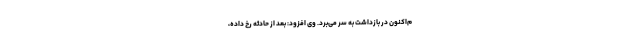
م‌اکنون در بازداشت به سر می‌برد. وی افزود: بعد از حادثه رخ داده،